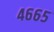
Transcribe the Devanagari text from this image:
४६६५